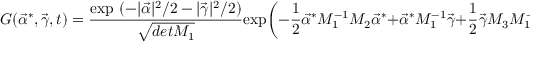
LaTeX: G ( \vec { \alpha } ^ { \ast } , \vec { \gamma } , t ) = { \frac { \mathrm { e x p } \ ( - | \vec { \alpha } | ^ { 2 } / 2 - | \vec { \gamma } | ^ { 2 } / 2 ) } { \sqrt { d e t M _ { 1 } } } } \mathrm { e x p } \biggl ( - { \frac { 1 } { 2 } } \vec { \alpha } ^ { \ast } M _ { 1 } ^ { - 1 } M _ { 2 } \vec { \alpha } ^ { \ast } + \vec { \alpha } ^ { \ast } M _ { 1 } ^ { - 1 } \vec { \gamma } + { \frac { 1 } { 2 } } \vec { \gamma } M _ { 3 } M _ { 1 } ^ { - 1 } \vec { \gamma } \biggr ) \ \ .